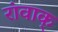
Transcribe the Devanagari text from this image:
रांवाक्